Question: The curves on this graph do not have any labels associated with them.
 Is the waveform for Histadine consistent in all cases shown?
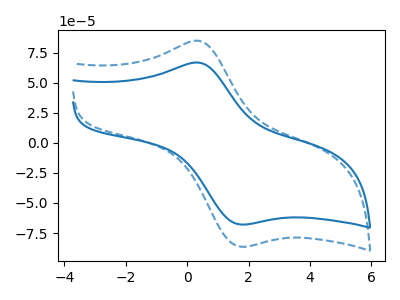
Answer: <think>The blue curve "blue" has an anodic peak at (0.40V, 66.50uA) and a cathodic peak at (1.90V, -67.90uA). The blue dashed curve "blue dashed" has an anodic peak at (0.40V, 84.55uA) and a cathodic peak at (1.90V, -86.35uA).
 All the peaks in "blue" have a peak in "blue dashed" at the same potential. Every peak in "blue" is lower than every peak in "blue dashed".</think>
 <answer>All the CV's of "Histadine" have similar shape.</answer>
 <eval>follow_rule</eval>